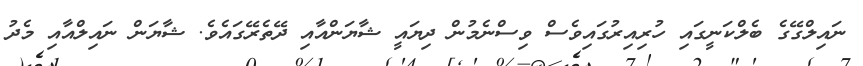
ނައިލްގޭގެ ބެލްކަނީގައި ހުރިއިރުގައިވެސް ވިސްނެމުން ދިޔައީ ޝާޔަންއާއި ދޭތެރޭގައެވެ. ޝާޔަން ނައިލްއާއި މެދު